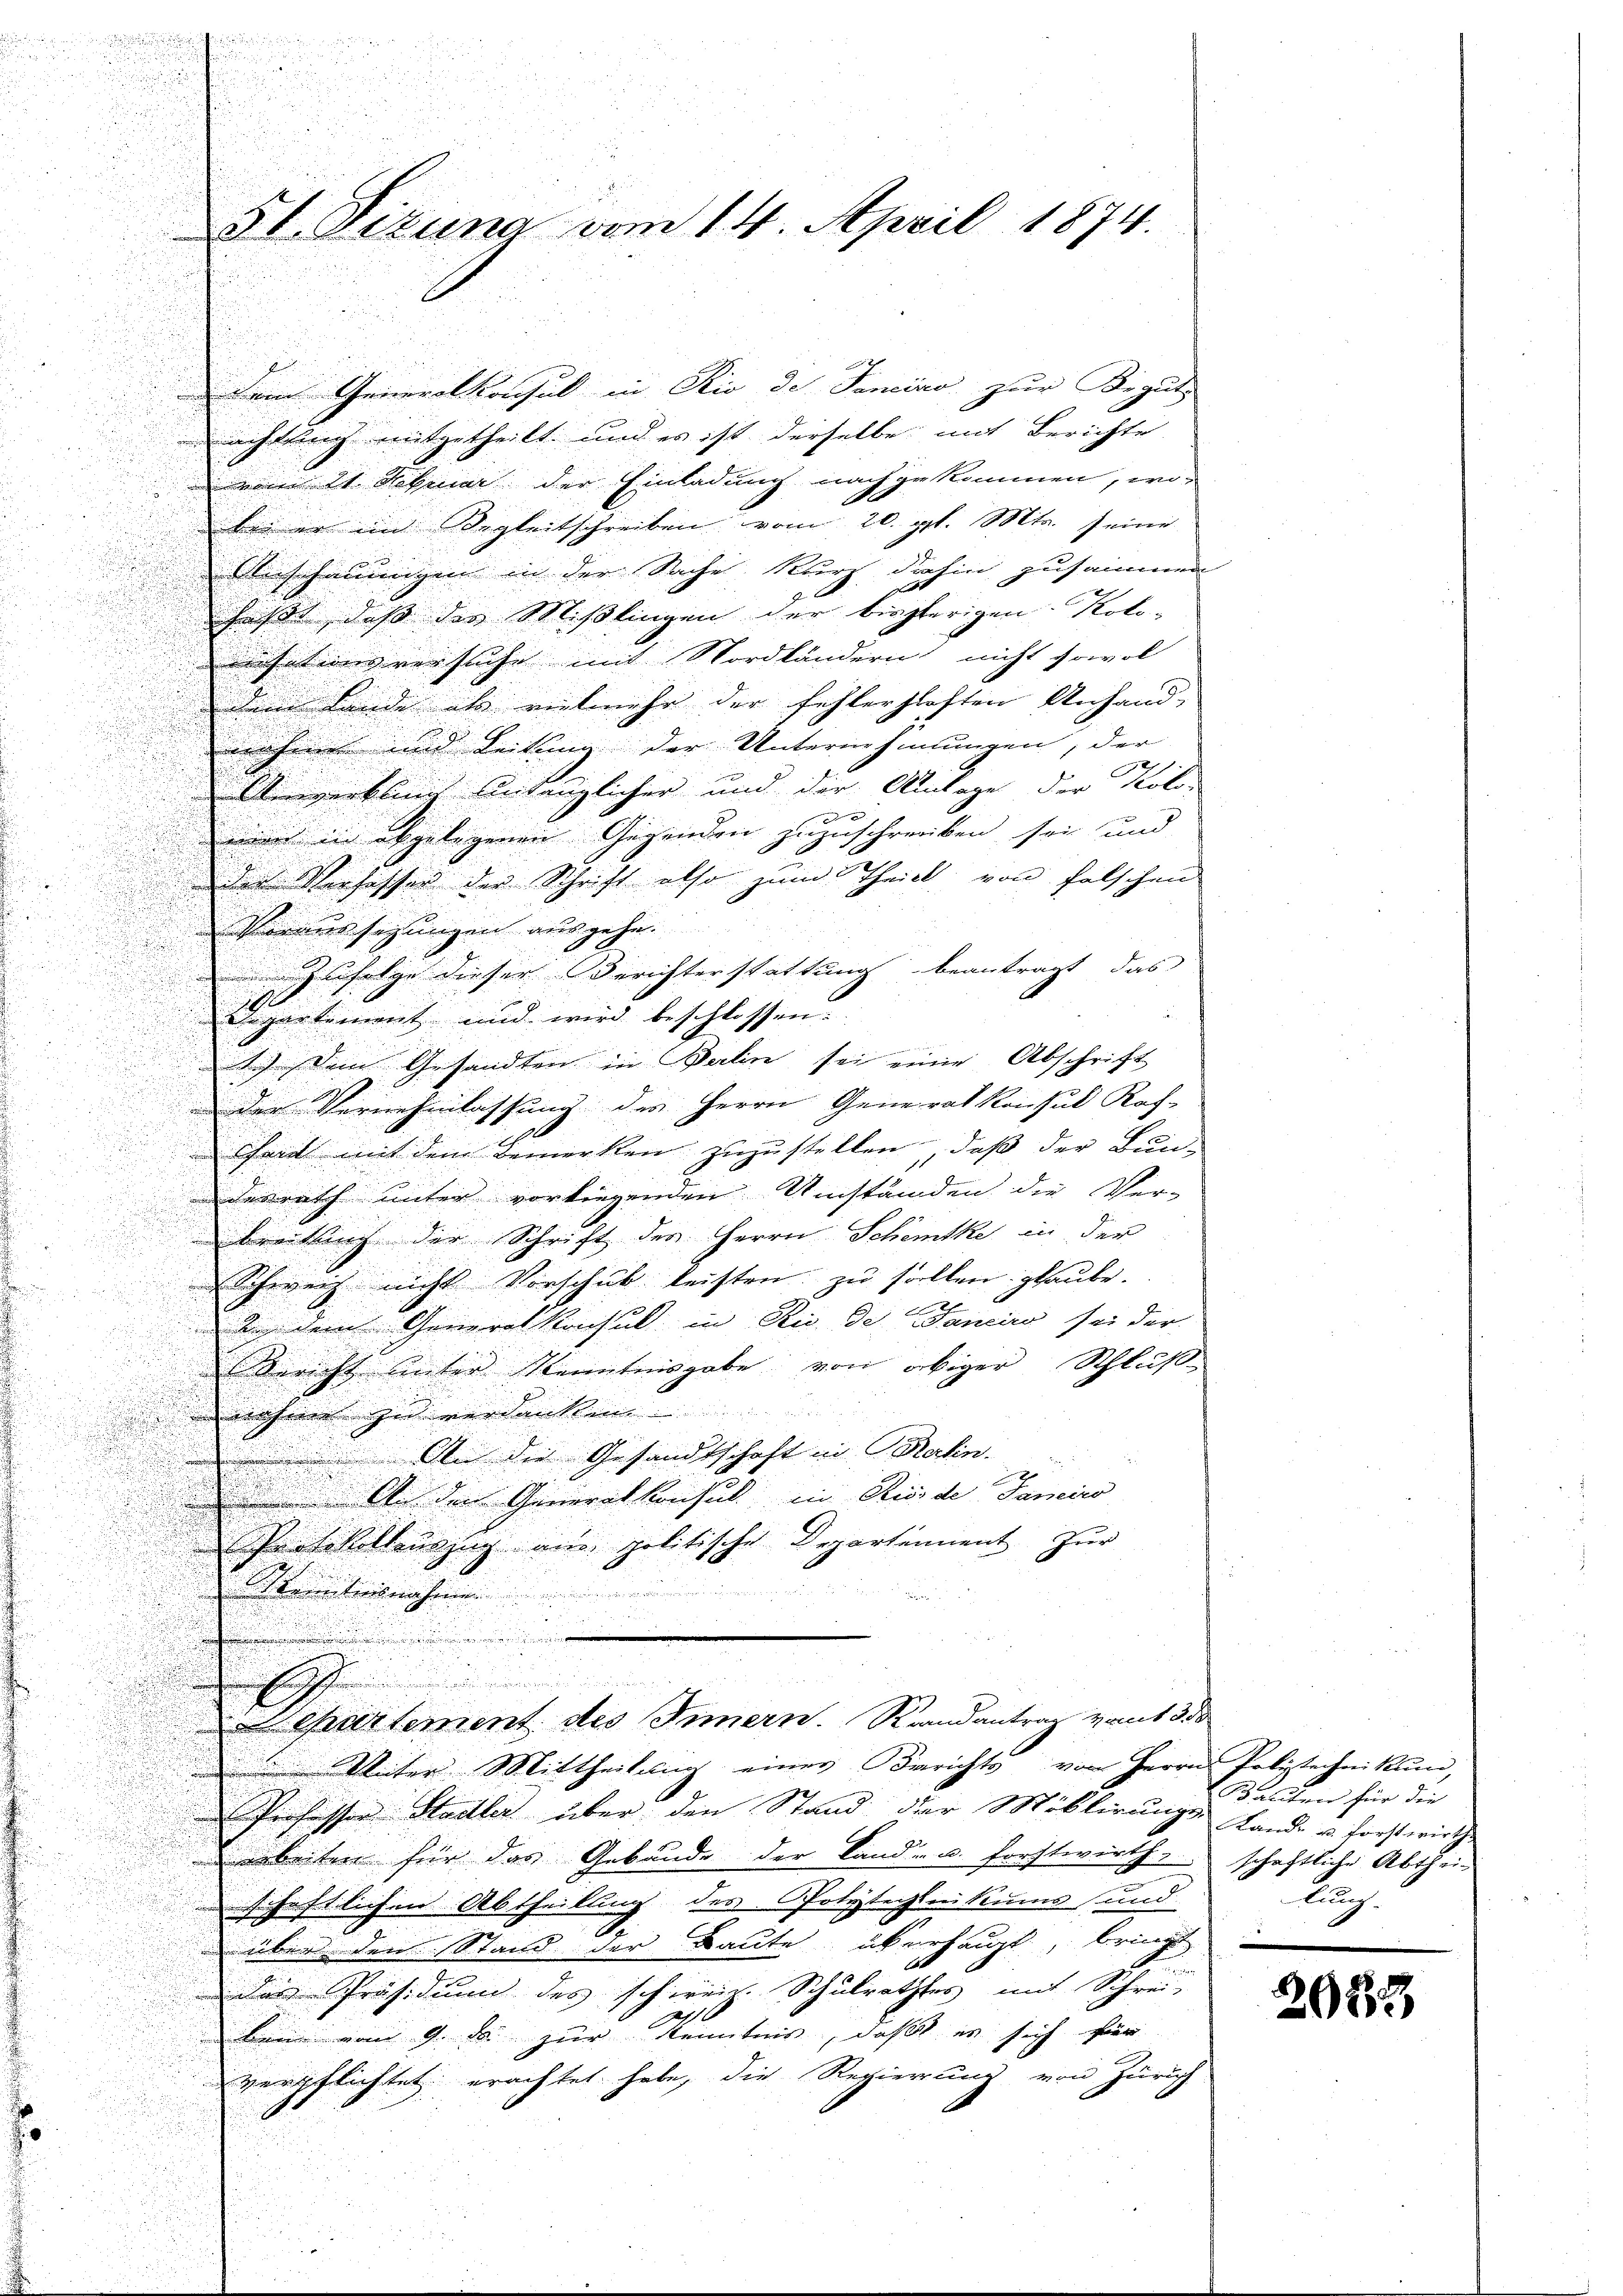
u

51 Fizuna vom 14. April 1874.

Dein Generalkonsul in Rio de Janeiro zur Begut
achtung mitgetheilt, und es ist derselbe mit Berichte
vom 21. Februar der Einladung nach gekommen, wo-
bei er im Begleitschreiben vom 20. gl. Mts. seine
Anschauungen in der Sache kurz dahin zusammen
fasst, dass die Mißlingen der bisherigen Kolo-
isationsversuche mit Nordländern nicht sowol
dem Lande als vielmehr der fehlerhaften Anhand-
nenheit und Leitung der Unternhilungen, der
Agenklings Antänglicher und der Anlage der Kolo

eer in abgelegenen Gegenden zuzuschreiben sei und

u
der Verfassen der Schrift also zum Theilt von falschen
Voraus sezungen ausgehe.
d
Zufolge dieser Berichterstattung beantragt, das
.
e
Departement und wird beschlossen:

u
) Dem Gesandten in Balin sei eine Abschrift
d
.
 der Vernehmlassung des Herrn Generalkonsul Koch-
.
u

Chend mit dem Bemerken zuzustellen, daß der Bun-

desrath unter vorliegenden Umständen die Ver-

.

Breitung der Schrift des Herrn Schömtke in der

Schweiz nicht Vorschick leisten zu sollen glaube.

2
i
 dem Generalkonsul in Rio de aneiro sei der
Bericht unter Kenntnisgabe von obiger Schluß
nahmen Zeitverdankten
 An die Gesandtschaft in Batin.

 An den Generalkonsul in Riede Sancico
roskotteszug aus politische Departement zur
.
 Krimitinsnahmen

.

.
 Chartement des Innern. Randantrag vom 13 de
u
i
liter Mittheilung einer Berichts von Herrn Polytechnikum,
.
Pechisser Stadler über den Stand der Moblirungs-

.
i
arbeiten für das Gebäude der Land- u. forstwirthschaftliche Abthei-
n
schaftlichen Abtheilung des Polytechnikums und
über den Stand der Baute überhaupt, bringt
das Präsidium des schweiz. Schulrathes mit Schrei-
kein vom 9. ds zur Kenntnis, daß es sich für
verpflichtet erachtet habe, die Regierung von Zürich

Bauten für die
Land- u. Forstwirth
kung.
e

2032